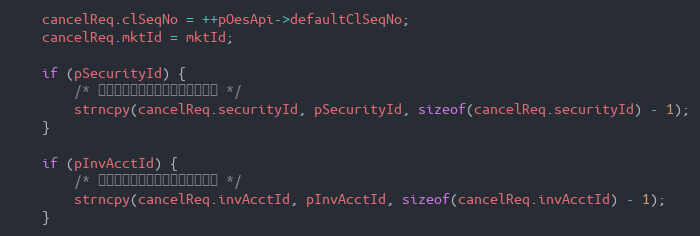
Language: C++
    cancelReq.clSeqNo = ++pOesApi->defaultClSeqNo;
    cancelReq.mktId = mktId;

    if (pSecurityId) {
        /* 撤单时被撤委托的股票代码可不填 */
        strncpy(cancelReq.securityId, pSecurityId, sizeof(cancelReq.securityId) - 1);
    }

    if (pInvAcctId) {
        /* 撤单时被撤委托的股东账户可不填 */
        strncpy(cancelReq.invAcctId, pInvAcctId, sizeof(cancelReq.invAcctId) - 1);
    }